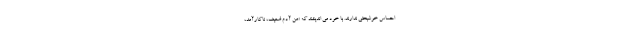
احساس خوشبختی ندارند. با خود می اندیشند که «من آدم ضعیف، ناکارآمد،